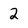
Character: 2